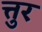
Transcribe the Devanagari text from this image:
त्तुर